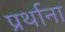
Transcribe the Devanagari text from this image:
प्रर्थाना